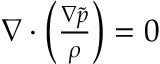
\begin{array} { r } { \nabla \cdot \left( \frac { \nabla \tilde { p } } { \rho } \right) = 0 } \end{array}